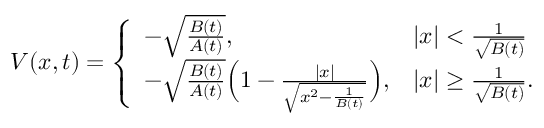
\begin{array} { r } { V ( x , t ) = \left\{ \begin{array} { l l } { - \sqrt { \frac { B ( t ) } { A ( t ) } } , } & { | x | < \frac { 1 } { \sqrt { B ( t ) } } } \\ { - \sqrt { \frac { B ( t ) } { A ( t ) } } \Big ( 1 - \frac { | x | } { \sqrt { x ^ { 2 } - \frac { 1 } { B ( t ) } } } \Big ) , } & { | x | \geq \frac { 1 } { \sqrt { B ( t ) } } . } \end{array} \right. } \end{array}